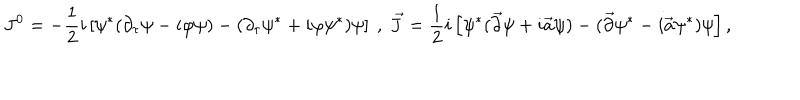
J ^ { 0 } = - \frac { 1 } { 2 } i \left[ \psi ^ { * } ( \partial _ { \tau } \psi - i \varphi \psi ) - ( \partial _ { \tau } \psi ^ { * } + i \varphi \psi ^ { * } ) \psi \right] \ , \ \vec { J } = \frac { 1 } { 2 } i \left[ \psi ^ { * } ( \vec { \partial } \psi + i \vec { a } \psi ) - ( \vec { \partial } \psi ^ { * } - i \vec { a } \psi ^ { * } ) \psi \right] ,